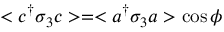
< c ^ { \dag } \sigma _ { 3 } c > = < a ^ { \dag } \sigma _ { 3 } a > \cos \phi